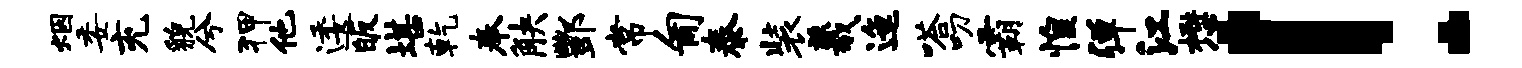
烟委充貌兮狎他逶皈堪乾奉觖酆常匍泰装羲迤嗒叨霸惶弹江懋！